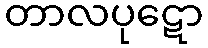
တာလပုဋော